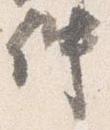
仲